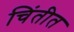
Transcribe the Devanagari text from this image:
चिंतीत